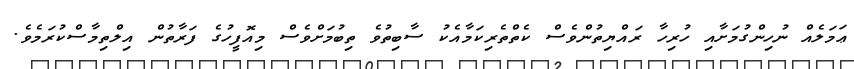
ޢަމަލެއް ނުހިންގުމަށާއި ހުރިހާ ރައްޔިތުންވެސް ކެތްތެރިކަމާއެކު ސާބިތުވެ ތިބުމަށްވެސް މިއޮފީހުގެ ފަރާތުން އިލްތިމާސްކުރަމެވެ.